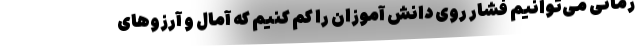
زمانی می‌توانیم فشار روی دانش آموزان را کم کنیم که آمال و آرزوهای